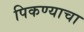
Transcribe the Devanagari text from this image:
पिकण्याचा